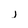
Character: j